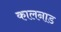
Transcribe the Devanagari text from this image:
कालनाड